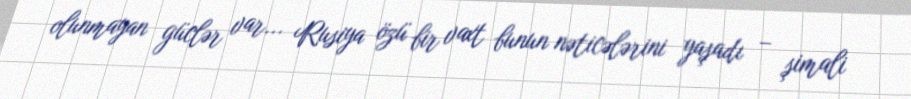
olunmayan güclər var... Rusiya özü bir vaxt bunun nəticələrini yaşadı – şimali